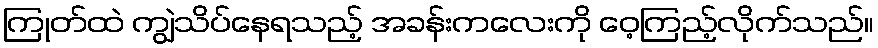
ကြုတ်ထဲ ကျွဲသိပ်နေရသည့် အခန်းကလေးကို ဝေ့ကြည့်လိုက်သည်။